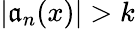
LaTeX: |\mathfrak{a}_{n}(x)|>k